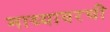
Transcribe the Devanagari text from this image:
माथ्यावरची